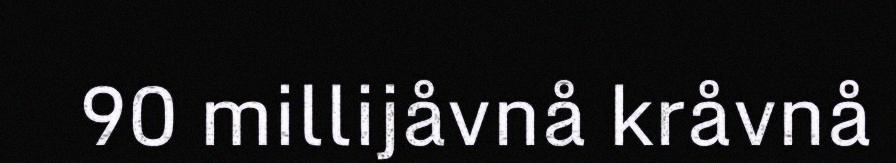
90 millijåvnå kråvnå